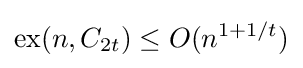
\operatorname {ex} (n,C_{2t})\leq O(n^{1+1/t})